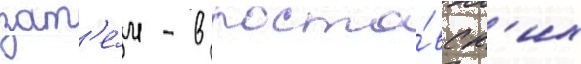
зат'е́м - в росто́вск'их